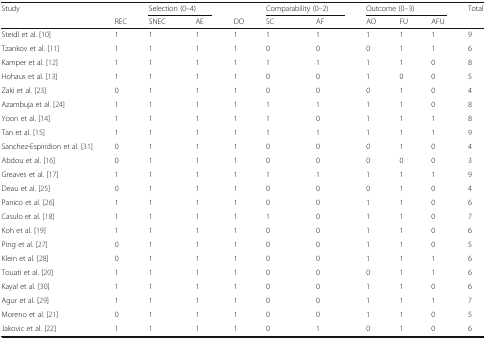
<table><thead><tr><td rowspan="2"><b>Study</b></td><td></td><td colspan="2"><b>Selection (0–4)</b></td><td></td><td colspan="2"><b>Comparability (0–2)</b></td><td colspan="3"><b>Outcome (0–3)</b></td><td rowspan="2"><b>Total</b></td></tr><tr><td><b>REC</b></td><td><b>SNEC</b></td><td><b>AE</b></td><td><b>DO</b></td><td><b>SC</b></td><td><b>AF</b></td><td><b>AO</b></td><td><b>FU</b></td><td><b>AFU</b></td></tr></thead><tbody><tr><td>Steidl et al. [10]</td><td>1</td><td>1</td><td>1</td><td>1</td><td>1</td><td>1</td><td>1</td><td>1</td><td>1</td><td>9</td></tr><tr><td>Tzankov et al. [11]</td><td>1</td><td>1</td><td>1</td><td>1</td><td>0</td><td>0</td><td>0</td><td>1</td><td>1</td><td>6</td></tr><tr><td>Kamper et al. [12]</td><td>1</td><td>1</td><td>1</td><td>1</td><td>1</td><td>1</td><td>1</td><td>1</td><td>0</td><td>8</td></tr><tr><td>Hohaus et al. [13]</td><td>1</td><td>1</td><td>1</td><td>1</td><td>0</td><td>0</td><td>1</td><td>0</td><td>0</td><td>5</td></tr><tr><td>Zaki et al. [23]</td><td>0</td><td>1</td><td>1</td><td>1</td><td>0</td><td>0</td><td>0</td><td>1</td><td>0</td><td>4</td></tr><tr><td>Azambuja et al. [24]</td><td>1</td><td>1</td><td>1</td><td>1</td><td>1</td><td>1</td><td>1</td><td>1</td><td>0</td><td>8</td></tr><tr><td>Yoon et al. [14]</td><td>1</td><td>1</td><td>1</td><td>1</td><td>1</td><td>0</td><td>1</td><td>1</td><td>1</td><td>8</td></tr><tr><td>Tan et al. [15]</td><td>1</td><td>1</td><td>1</td><td>1</td><td>1</td><td>1</td><td>1</td><td>1</td><td>1</td><td>9</td></tr><tr><td>Sanchez-Espiridion et al. [31]</td><td>0</td><td>1</td><td>1</td><td>1</td><td>0</td><td>0</td><td>0</td><td>1</td><td>0</td><td>4</td></tr><tr><td>Abdou et al. [16]</td><td>0</td><td>1</td><td>1</td><td>1</td><td>0</td><td>0</td><td>0</td><td>0</td><td>0</td><td>3</td></tr><tr><td>Greaves et al. [17]</td><td>1</td><td>1</td><td>1</td><td>1</td><td>1</td><td>1</td><td>1</td><td>1</td><td>1</td><td>9</td></tr><tr><td>Deau et al. [25]</td><td>0</td><td>1</td><td>1</td><td>1</td><td>0</td><td>0</td><td>0</td><td>1</td><td>0</td><td>4</td></tr><tr><td>Panico et al. [26]</td><td>1</td><td>1</td><td>1</td><td>1</td><td>0</td><td>0</td><td>1</td><td>1</td><td>0</td><td>6</td></tr><tr><td>Casulo et al. [18]</td><td>1</td><td>1</td><td>1</td><td>1</td><td>1</td><td>0</td><td>1</td><td>1</td><td>0</td><td>7</td></tr><tr><td>Koh et al. [19]</td><td>1</td><td>1</td><td>1</td><td>1</td><td>0</td><td>0</td><td>1</td><td>1</td><td>0</td><td>6</td></tr><tr><td>Ping et al. [27]</td><td>0</td><td>1</td><td>1</td><td>1</td><td>0</td><td>0</td><td>1</td><td>1</td><td>0</td><td>5</td></tr><tr><td>Klein et al. [28]</td><td>0</td><td>1</td><td>1</td><td>1</td><td>0</td><td>0</td><td>1</td><td>1</td><td>1</td><td>6</td></tr><tr><td>Touati et al. [20]</td><td>1</td><td>1</td><td>1</td><td>1</td><td>0</td><td>0</td><td>0</td><td>1</td><td>1</td><td>6</td></tr><tr><td>Kayal et al. [30]</td><td>1</td><td>1</td><td>1</td><td>1</td><td>0</td><td>0</td><td>1</td><td>1</td><td>0</td><td>6</td></tr><tr><td>Agur et al. [29]</td><td>1</td><td>1</td><td>1</td><td>1</td><td>0</td><td>0</td><td>1</td><td>1</td><td>1</td><td>7</td></tr><tr><td>Moreno et al. [21]</td><td>0</td><td>1</td><td>1</td><td>1</td><td>0</td><td>0</td><td>1</td><td>1</td><td>0</td><td>5</td></tr><tr><td>Jakovic et al. [22]</td><td>1</td><td>1</td><td>1</td><td>1</td><td>0</td><td>1</td><td>0</td><td>1</td><td>0</td><td>6</td></tr></tbody></table>